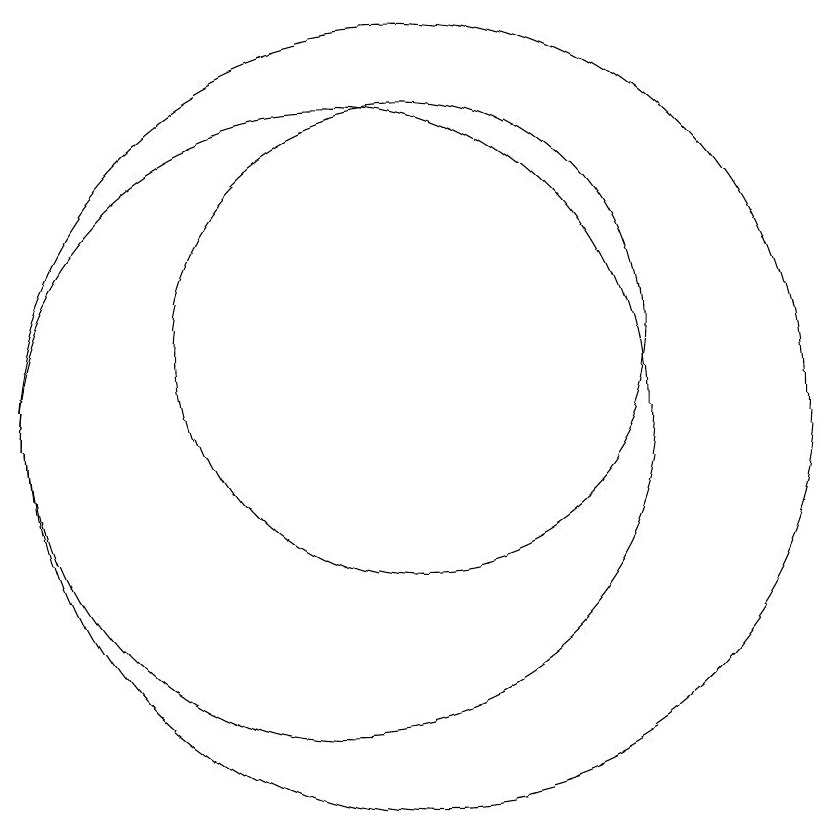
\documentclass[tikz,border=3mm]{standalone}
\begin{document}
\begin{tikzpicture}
\draw (11,11) circle (3);
\draw (10,10) circle (4);
\draw (11,10) circle (5);
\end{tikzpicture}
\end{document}